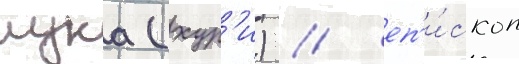
лука (хур'и) / еп'и́скоп